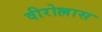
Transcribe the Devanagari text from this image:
वीरोल्लास